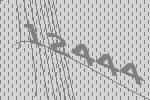
12444